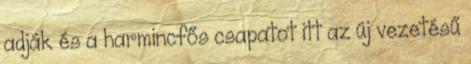
adják és a harmincfős csapatot itt az új vezetésű